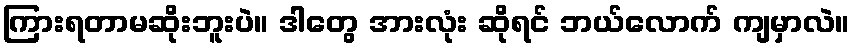
ကြားရတာမဆိုးဘူးပဲ။ ဒါတွေ အားလုံး ဆိုရင် ဘယ်လောက် ကျမှာလဲ။